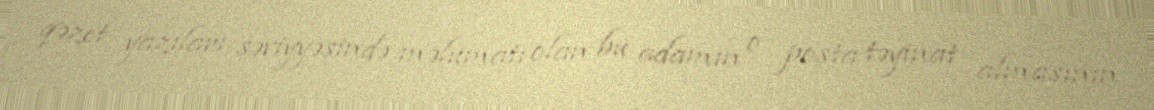
qəzet yazıları səviyyəsində məlumatı olan bu adamın o posta təyinat almasının